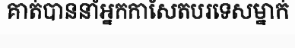
គាត់បាននាំអ្នកកាសែតបរទេសម្នាក់